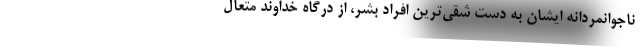
ناجوانمردانه ایشان به دست شقی‌ترین افراد بشر، از درگاه خداوند متعال